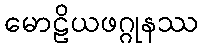
မောဠိယဖဂ္ဂုနဿ